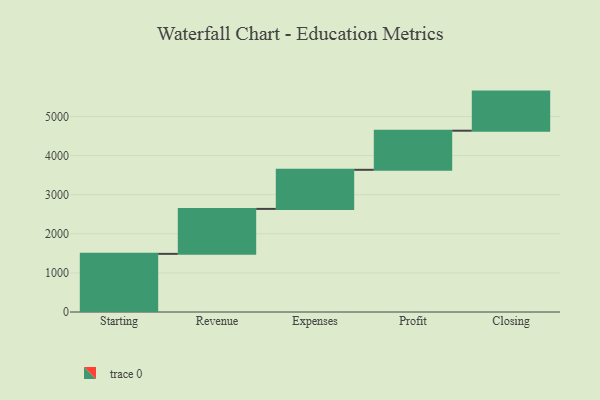
{"axis": {"x": "Step", "y": "Value"}, "legend": [""], "data": [{"x": "Starting", "y": 1487.0, "type": ""}, {"x": "Revenue", "y": 1150.0, "type": ""}, {"x": "Expenses", "y": 1000, "type": ""}, {"x": "Profit", "y": 1000, "type": ""}, {"x": "Closing", "y": 1000, "type": ""}]}